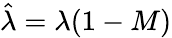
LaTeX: \hat{\lambda}=\lambda(1-M)